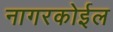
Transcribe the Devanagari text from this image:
नागरकोईल